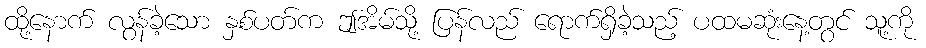
ထို့နောက် လွန်ခဲ့သော နှစ်ပတ်က ဤအိမ်သို့ ပြန်လည် ရောက်ရှိခဲ့သည့် ပထမဆုံးနေ့တွင် သူ့ကို